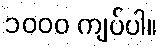
၁၀၀၀ ကျပ်ပါ။